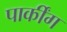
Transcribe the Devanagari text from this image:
पार्कींग